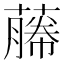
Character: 𬞡